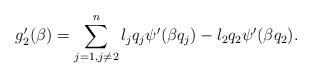
LaTeX: \begin{align*}g_{2}'(\beta)=\sum_{j=1,j \neq 2}^{n}l_j q_j \psi'(\beta q_j)-l_2 q_2 \psi'(\beta q_2).\end{align*}